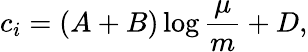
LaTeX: c_{i}=\left(A+B\right)\log{\frac{\mu}{m}}+D,